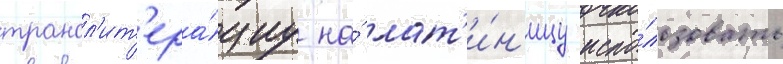
трансл'ит'ера́циу на́ лат'и́н'ицу испо́льзовать